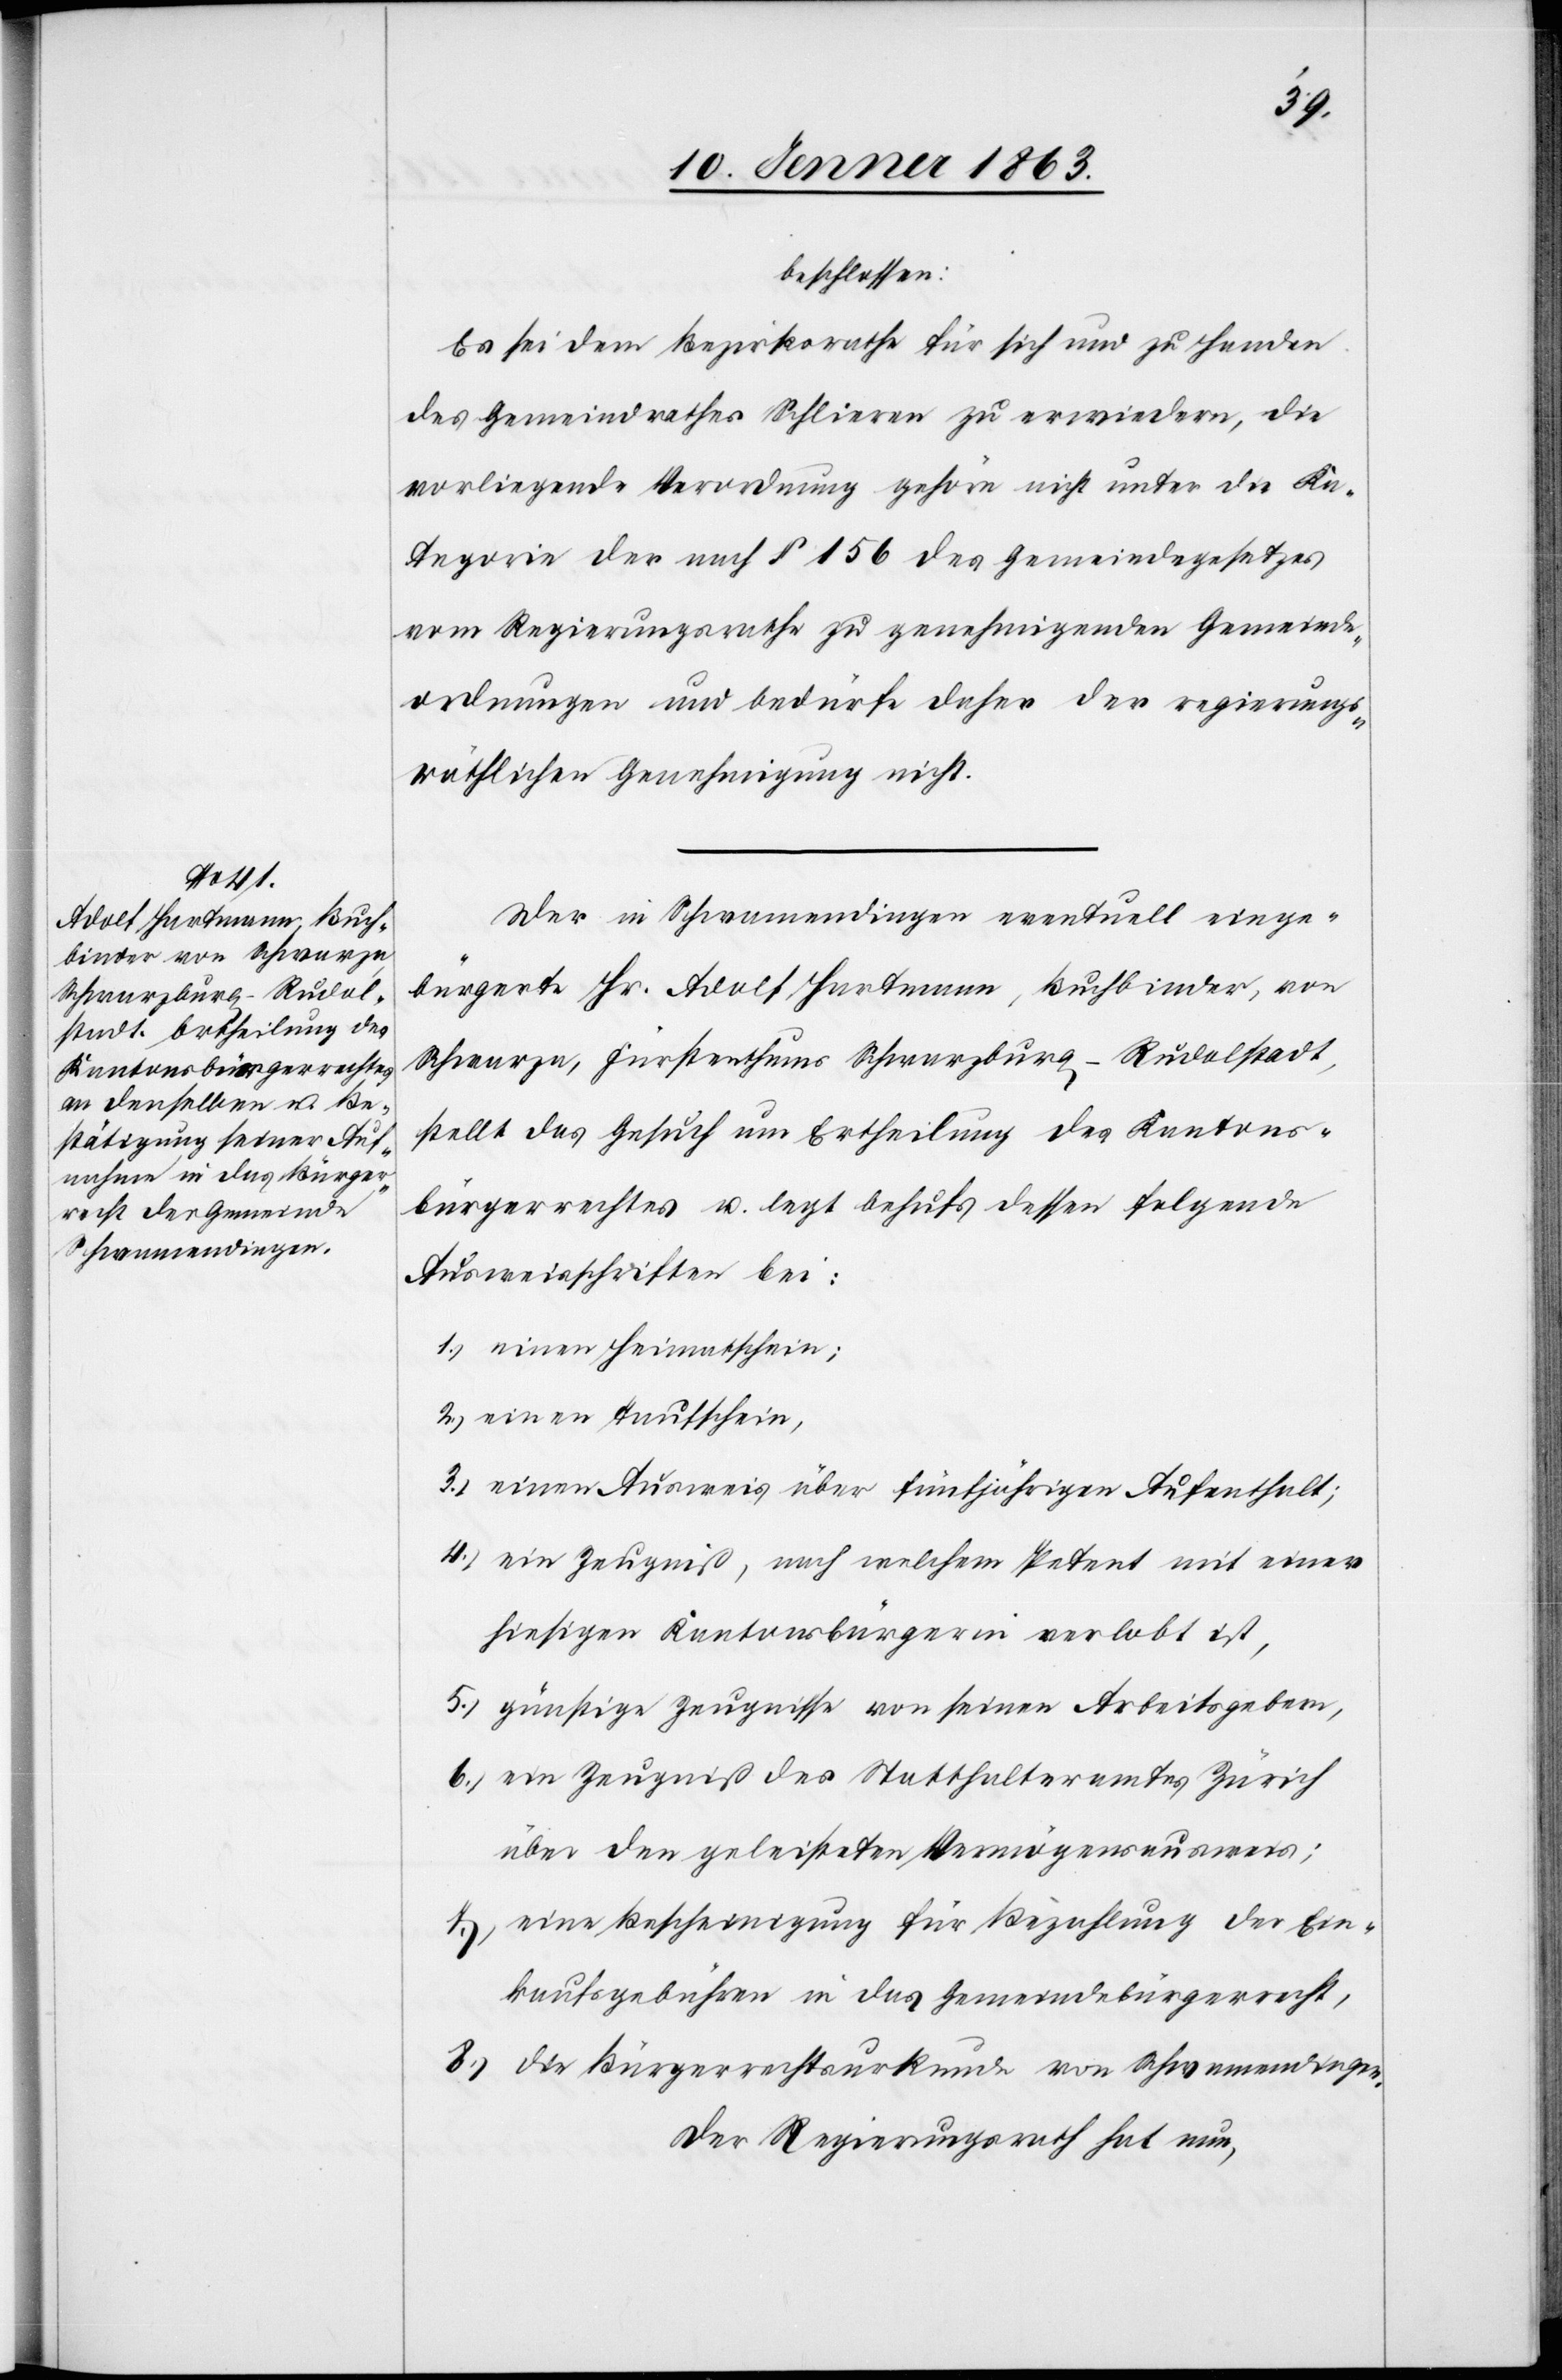
beschlossen:
Es sei dem Bezirksrathe für sich und zu Handen
des Gemeindrathes Schlieren zu erwiedern, die
vorliegende Verordnung gehöre nicht unter die Ka¬
tegorie der nach § 156 des Gemeindegesetzes
vom Regierungsrathe zu genehmigenden Gemeinde¬
ordnungen und bedürfe daher der regierungs¬
räthlichen Genehmigung nicht.
Der in Schwamendingen eventuell einge¬
bürgerte Hr. Adolf Hartmann, Buchbinder, von
Schwarza, Fürstenthums Schwarzburg-Rudolfstadt,
stellt das Gesuch um Ertheilung des Kantons¬
bürgerrechtes u. legt behufs dessen folgende
Ausweisschriften bei:
1.) einen Heimatschein;
2.) einen Taufschein,
3.) einen Ausweis über fünfjährigen Aufenthalt;
4.) ein Zeugniß, nach welchem Petent mit einer
hiesigen Kantonsbürgerin verlobt ist,
5.) günstige Zeugnisse von seinen Arbeitsgebern,
6.) ein Zeugniß des Statthalteramtes Zürich
über den geleisteten Vermögensausweis,
7.) eine Bescheinigung für Bezahlung der Ein¬
kaufsgebühren in das Gemeindebürgerrecht,
8.) die Bürgerrechtsurkunde von Schwamendingen.
Der Regierungsrath hat nun,